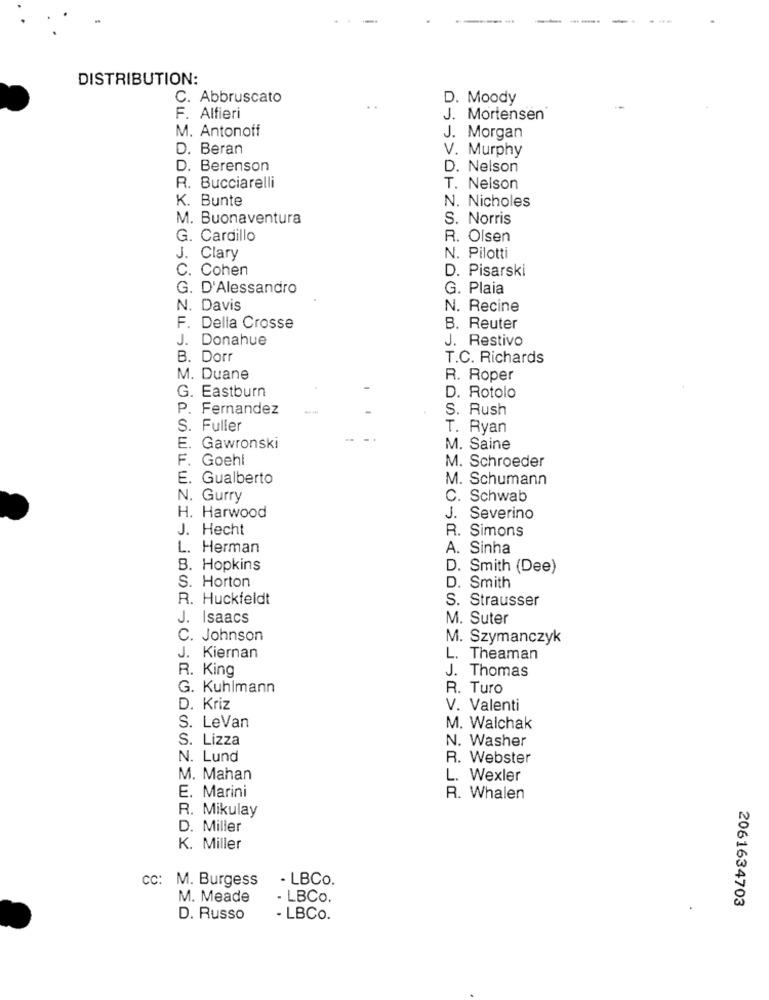
......
DISTRIBUTION:
C. Abbruscato
D. Moody
F. Alfieri
J. Mortensen
M. Antonoff
J. Morgan
D. Beran
V. Murphy
D. Berenson
D. Nelson
R. Bucciarelli
T. Nelson
K. Bunte
N. Nicholes
M. Buonaventura
S. Norris
G. Cardillo
R. Olsen
J. Clary
N. Pilotti
. Cohen
D. Pisarski
G. D'Alessandro
G. Plaia
N. Davis
N. Recine
F. Della Crosse
B. Reuter
J. Donahue
J. Restivo
B. Dorr
T.C. Richards
M. Duane
R. Roper
G. Eastburn
D. Rotolo
P. Fernandez
S. Rush
. Fuller
T. Ryan
E.
Gawronski
M. Saine
F
Goehl
M. Schroeder
. Gualberto
M. Schumann
N. Gurry
C. Schwab
H. Harwood
J. Severino
J. Hecht
R. Simons
L. Herman
A. Sinha
B. Hopkins
D. Smith (Dee)
S. Horton
D. Smith
R. Huckfeldt
S. Strausser
J. Isaacs
M. Suter
C. Johnson
M. Szymanczyk
J. Kiernan
L. Theaman
R. King
J. Thomas
G. Kuhlmann
R. Turo
D. Kriz
V. Valenti
S. LeVan
M. Walchak
S. Lizza
N. Washer
N. Lund
R. Webster
M. Mahan
L. Wexler
E. Marini
R. Whalen
R. Mikulay
D. Miller
K. Miller
CC: M. Burgess
- LBCo.
M. Meade
- LBCo.
2061634703
D. Russo
- LBCo.